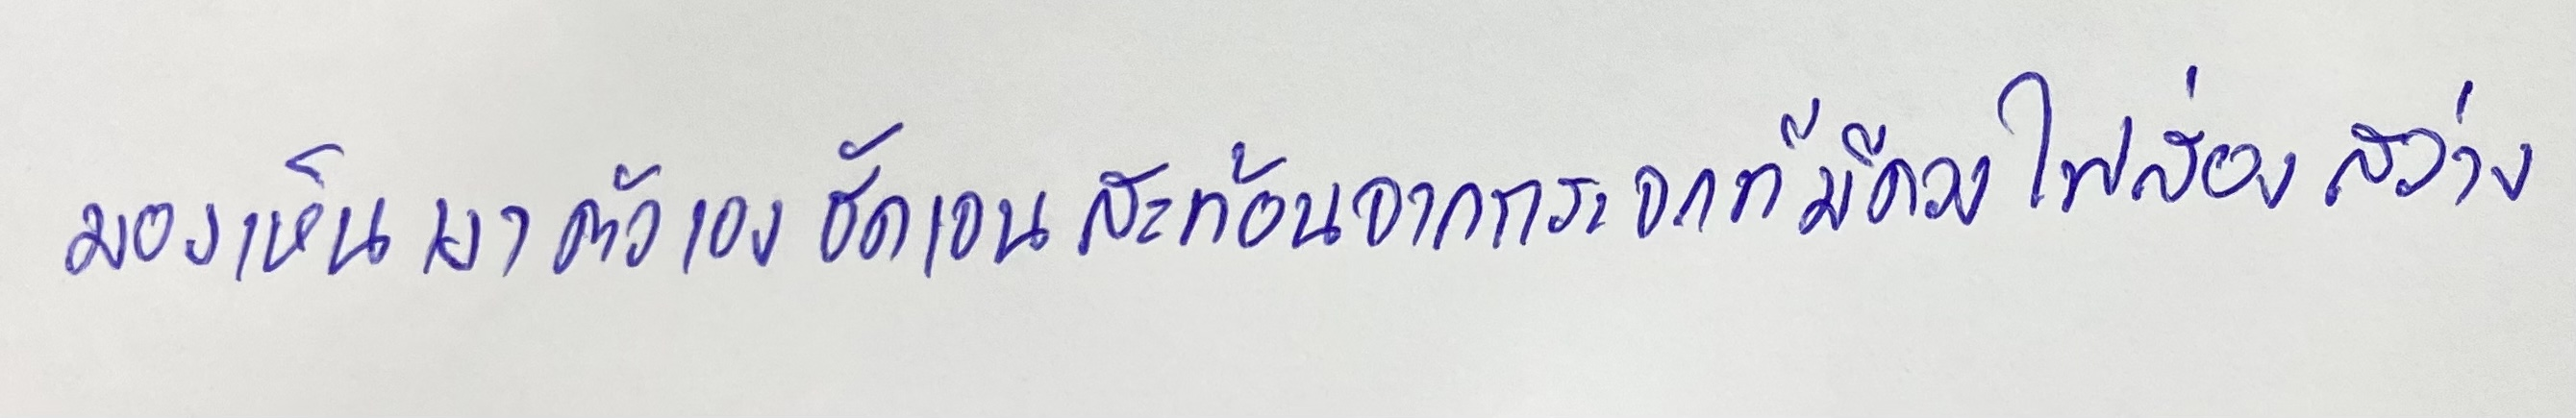
มองเห็นเงาตัวเองชัดเจนสะท้อนจากกระจกที่มีดวงไฟส่องสว่าง